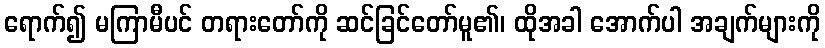
ရောက်၍ မကြာမီပင် တရားတော်ကို ဆင်ခြင်တော်မူ၏၊ ထိုအခါ အောက်ပါ အချက်များကို